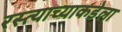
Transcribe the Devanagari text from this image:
रस्त्याच्याकडेला